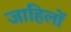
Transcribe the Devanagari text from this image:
जाहिलों